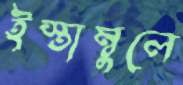
ইস্তাম্বুলে